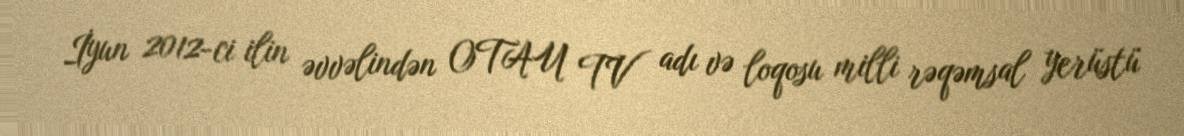
İyun 2012-ci ilin əvvəlindən OTAU TV adı və loqosu milli rəqəmsal yerüstü